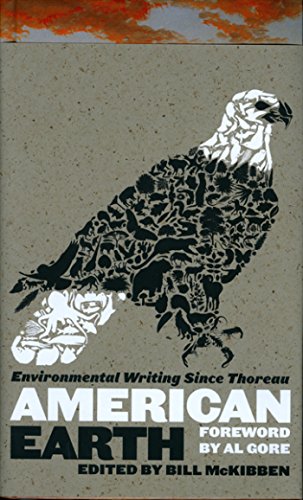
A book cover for American Earth: Environmental Writing Since Thoreau (Library of America); Science & Math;